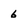
Character: 6